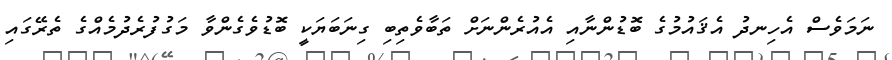
ނަމަވެސް އެހިނދު އެޤައުމުގެ ބޮޑުންނާއި އެއުރެންނަށް ތަބާވެތިބި ގިނަބަޔަކީ ބޮޑުވެގެންވާ މަގުފުރެދުމެއްގެ ތެރޭގައި